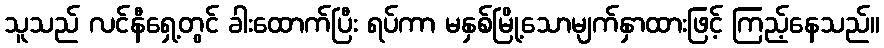
သူသည် လင်နီရှေ့တွင် ခါးထောက်ပြီး ရပ်ကာ မနှစ်မြို့သောမျက်နှာထားဖြင့် ကြည့်နေသည်။